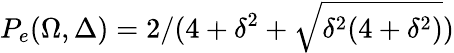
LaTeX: P_{e}(\Omega,\Delta)=2/(4+\delta^{2}+\sqrt{\delta^{2}(4+\delta^{2})})